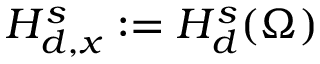
H _ { d , x } ^ { s } : = H _ { d } ^ { s } ( \Omega )